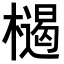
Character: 𣜶